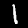
Digit: 1